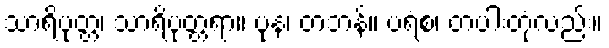
သာရိပုတ္တ၊ သာရိပုတ္တရာ။ ပုန၊ တဘန်။ ပရံစ၊ တပါးတုံလည်း။